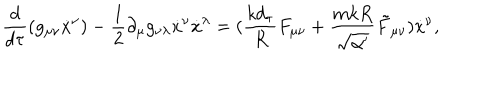
\frac { d } { d \tau } ( g _ { \mu \nu } { \dot { x } } ^ { \nu } ) - \frac { 1 } { 2 } \partial _ { \mu } g _ { \nu \lambda } { \dot { x } } ^ { \nu } { \dot { x } } ^ { \lambda } = ( \frac { k d _ { \tau } } { R } F _ { \mu \nu } + \frac { m k R } { \sqrt { \alpha ^ { \prime } } } \tilde { F } _ { \mu \nu } ) { \dot { x } } ^ { \nu } ,